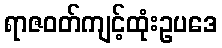
ရာဇဝတ်ကျင့်ထုံးဥပဒေ